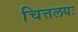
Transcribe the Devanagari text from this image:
चित्तलयः